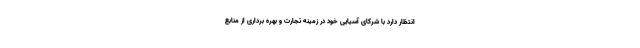
انتظار دارد با شرکای آسیایی خود در زمینه تجارت و بهره برداری از منابع